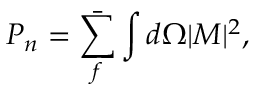
P _ { n } = \bar { \sum _ { f } } \int d \Omega | M | ^ { 2 } ,